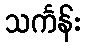
သင်္ကန်း